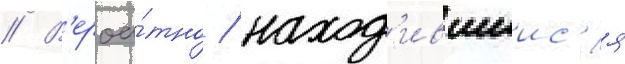
// В'ероа́тно / наход'ившиис'я